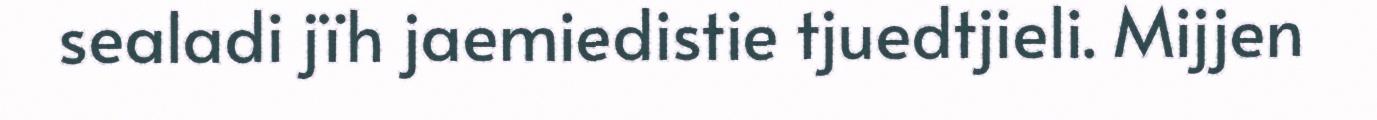
sealadi jïh jaemiedistie tjuedtjieli. Mijjen